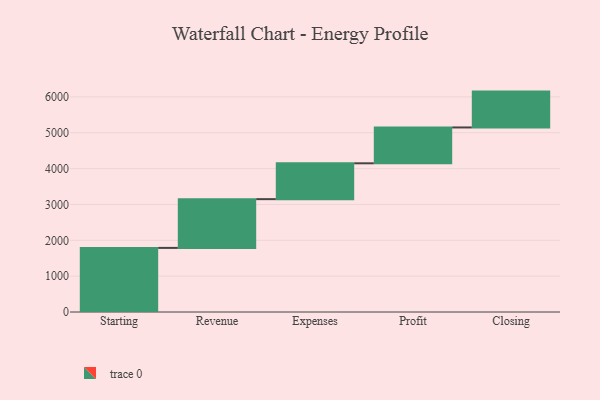
{"axis": {"x": "Step", "y": "Value"}, "legend": [""], "data": [{"x": "Starting", "y": 1788.0, "type": ""}, {"x": "Revenue", "y": 1360.0, "type": ""}, {"x": "Expenses", "y": 1000, "type": ""}, {"x": "Profit", "y": 1000, "type": ""}, {"x": "Closing", "y": 1000, "type": ""}]}